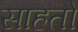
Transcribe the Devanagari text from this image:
साहतो